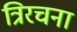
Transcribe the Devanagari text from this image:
त्रिरचना